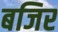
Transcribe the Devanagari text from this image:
बजिर